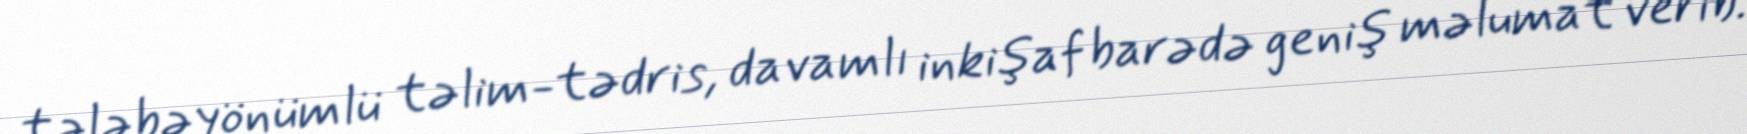
tələbəyönümlü təlim-tədris, davamlı inkişaf barədə geniş məlumat verib.